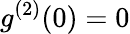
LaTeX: g^{(2)}(0)=0